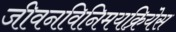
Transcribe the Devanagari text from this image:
जीवनविनिमयक्रियेस